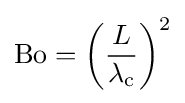
\mathrm {Bo} =\left({\frac {L}{\lambda _{\rm {c}}}}\right)^{2}